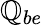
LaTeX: \mathbb{Q}_{be}